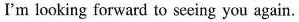
I'm looking forward to seeing you again.